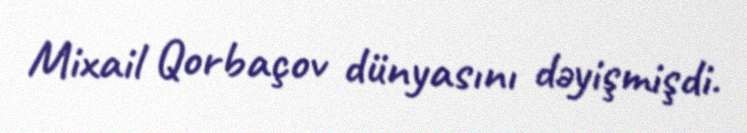
Mixail Qorbaçov dünyasını dəyişmişdi.